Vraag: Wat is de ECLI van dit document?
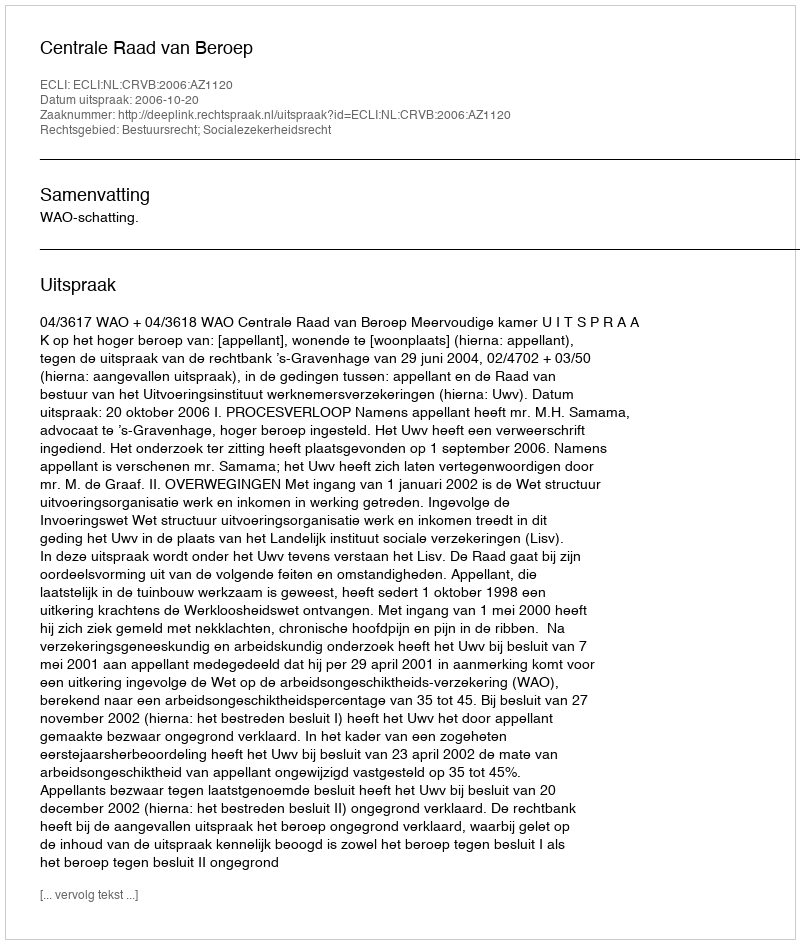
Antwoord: ECLI:NL:CRVB:2006:AZ1120